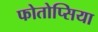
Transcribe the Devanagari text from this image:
फोतोप्सिया